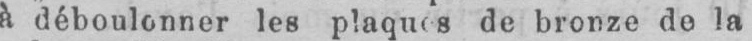
à déboulonner les plaques de bronze do la